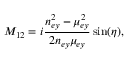
M _ { 1 2 } = i \frac { n _ { e y } ^ { 2 } - \mu _ { e y } ^ { 2 } } { 2 n _ { e y } \mu _ { e y } } \sin ( \eta ) ,